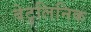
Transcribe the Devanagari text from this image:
बेटुलिनिक